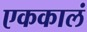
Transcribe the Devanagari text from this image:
एककालं